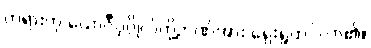
တရားဟု ယောဂီပုဂ္ဂိုလ်တို့ဉာဏ်အား ရှေးရှုထင်လာ၏။